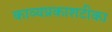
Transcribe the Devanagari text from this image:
काव्यप्रकाशटीका